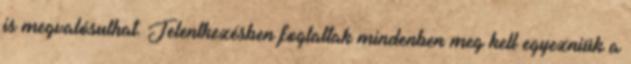
is megvalósulhat. Jelentkezésben foglaltak mindenben meg kell egyezniük a